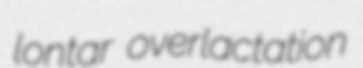
lontar overlactation